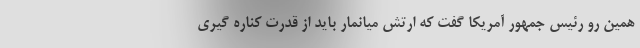
همین رو رئیس جمهور آمریکا گفت که ارتش میانمار باید از قدرت کناره گیری